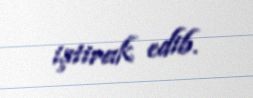
iştirak edib.